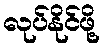
လုပ်နိုင်ဖို့